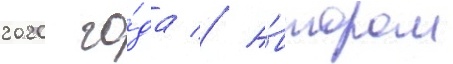
2020 го́да // А́втором